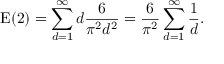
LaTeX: \mathrm { E } ( \mathrm { 2 } ) = \sum _ { d = 1 } ^ { \infty } d { \frac { 6 } { \pi ^ { 2 } d ^ { 2 } } } = { \frac { 6 } { \pi ^ { 2 } } } \sum _ { d = 1 } ^ { \infty } { \frac { 1 } { d } } .